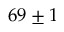
6 9 \pm 1